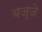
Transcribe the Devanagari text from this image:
बज्जे